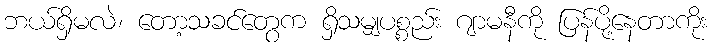
ဘယ်ရှိမလဲ၊ တော့သခင်တွေက ရှိသမျှပစ္စည်း ဂျာမနီကို ပြန်ပို့နေတာကိုး